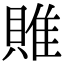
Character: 𨿎